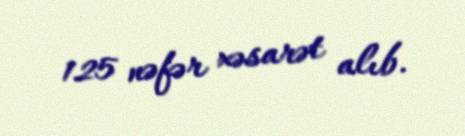
125 nəfər xəsarət alıb.